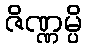
ဇိဏ္ဏမ္ပိ